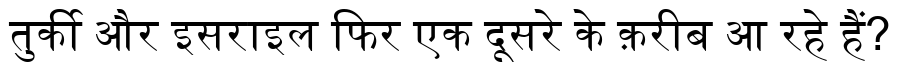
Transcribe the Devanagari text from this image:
तुर्की और इसराइल फिर एक दूसरे के क़रीब आ रहे हैं?